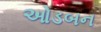
ઓડબન